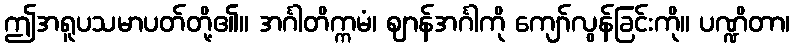
ဤအရူပသမာပတ်တို့၏။ အင်္ဂါတိက္ကမံ၊ ဈာန်အင်္ဂါကို ကျော်လွန်ခြင်းကို။ ပဏ္ဍိတာ၊